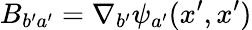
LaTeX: B_{b^{\prime}a^{\prime}}=\nabla_{b^{\prime}}\psi_{a^{\prime}}(x^{\prime},x^{\prime})